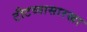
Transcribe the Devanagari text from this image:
टीटव्यासारखा